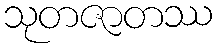
သုတဇာတဿ